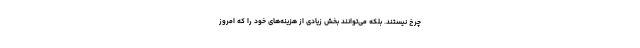
چرخ نیستند. بلکه می‌توانند بخش زیادی از هزینه‌های خود را که امروز